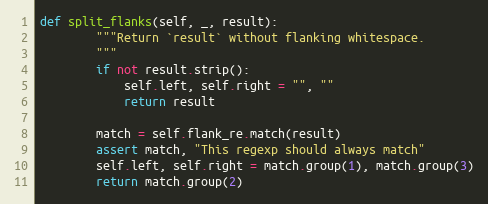
Language: Python
def split_flanks(self, _, result):
        """Return `result` without flanking whitespace.
        """
        if not result.strip():
            self.left, self.right = "", ""
            return result

        match = self.flank_re.match(result)
        assert match, "This regexp should always match"
        self.left, self.right = match.group(1), match.group(3)
        return match.group(2)